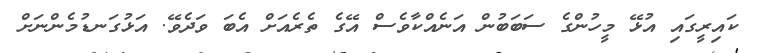
ކައިރީގައި އުޅޭ މީހުންގެ ސަބަބުން އަނެއްކާވެސް އޭގެ ތެރެއަށް އެބަ ވަދެވޭ. އަޅުގަނޑުމެންނަށް